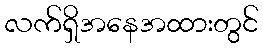
လက်ရှိအနေအထားတွင်